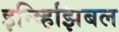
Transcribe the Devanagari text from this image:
इन्व्हिझिबल